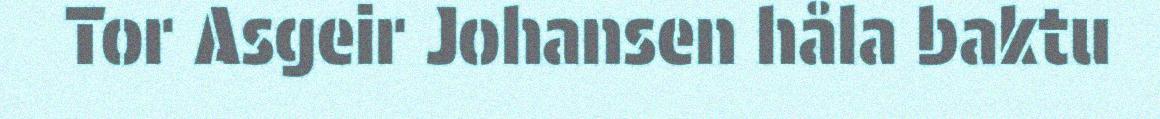
Tor Asgeir Johansen håla baktu